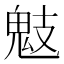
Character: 鬾